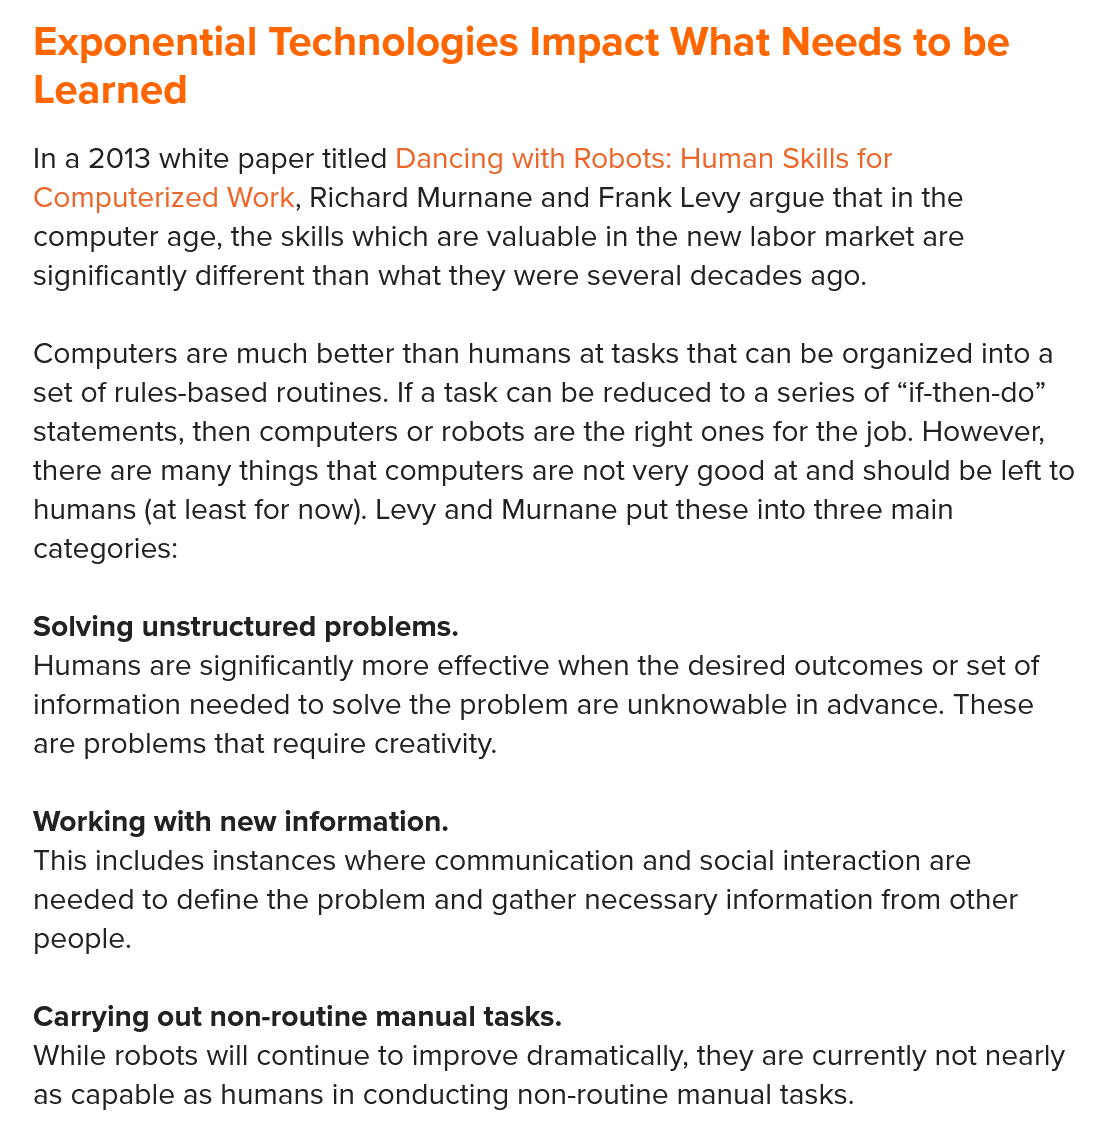
Exponential    Technologies    Impact   What    Needs to    be
   Learned
   In a 2013 white paper titled Dancing with Robots: Human Skills for
   Computerized Work, Richard Murnane and Frank Levy argue that in the
   computer age, the skills which are valuable in the new labor market are
   significantly different than what they were several decades ago.
   Computers are much better than humans at tasks that can be organized into a
   set of rules-based routines. If a task can be reduced to a series of “if-then-do”
   statements, then computers or robots are the right ones for the job. However,
   there are many things that computers are not very good at and should be left to
   humans (at least for now). Levy and Murnane put these into three main
   categories:
   Humans are significantly more effective when the desired outcomes or set of
   information needed to solve the problem are unknowable in advance. These
   are problems that require creativity.
   Solving unstructured problems.
   This includes instances where communication and social interaction are
   needed to define the problem and gather necessary information from other
   people.
   Working with new information.
   While robots will continue to improve dramatically, they are currently not nearly
   as capable as humans in conducting non-routine manual tasks.
   Carrying out non-routine manual tasks.